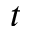
t